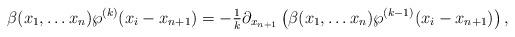
LaTeX: \begin{align*}\beta(x_1,\ldots x_n) \wp^{(k)}(x_i-x_{n+1}) = -\tfrac{1}{k} \partial_{x_{n+1}} \left( \beta(x_1,\ldots x_n) \wp^{(k-1)}(x_i-x_{n+1}) \right),\end{align*}